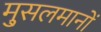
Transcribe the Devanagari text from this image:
मु्सलमानों